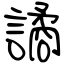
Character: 譎